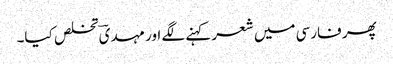
پھر فارسی میں شعر کہنے لگے اور مہدیؔ تخلص کیا۔